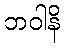
ဘဝါနိ